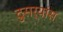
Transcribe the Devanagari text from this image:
दुसर्‍यांस